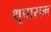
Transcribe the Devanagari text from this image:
थूपाराम